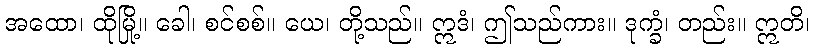
အထော၊ ထိုမြို့။ ခေါ၊ စင်စစ်။ ယေ၊ တို့သည်။ ဣဒံ၊ ဤသည်ကား။ ဒုက္ခံ၊ တည်း။ ဣတိ၊